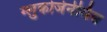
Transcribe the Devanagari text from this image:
ग्लुकोजेनेसिस